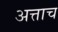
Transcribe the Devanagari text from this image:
अत्ताच